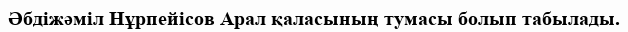
Әбдіжәміл Нұрпейісов Арал қаласының тумасы болып табылады.